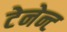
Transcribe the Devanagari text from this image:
टेनेन्ट